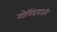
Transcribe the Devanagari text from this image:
गोविंदराजने